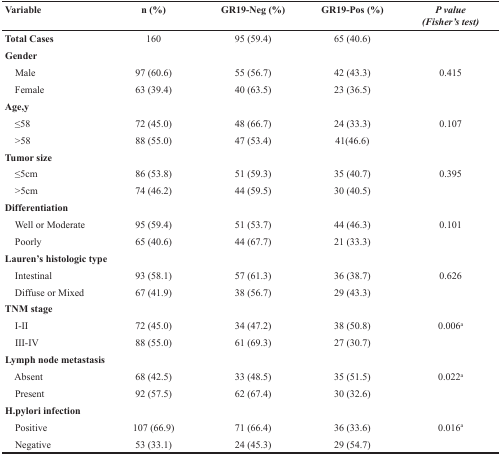
<table><thead><tr><td><b>Variable</b></td><td><b>n (%)</b></td><td><b>GR19-Neg (%)</b></td><td><b>GR19-Pos (%)</b></td><td><b><i>P value (Fisher&#x27;s test)</i></b></td></tr></thead><tbody><tr><td><b>Total Cases</b></td><td>160</td><td>95 (59.4)</td><td>65 (40.6)</td><td></td></tr><tr><td colspan="5"><b>Gender</b></td></tr><tr><td> Male</td><td>97 (60.6)</td><td>55 (56.7)</td><td>42 (43.3)</td><td>0.415</td></tr><tr><td> Female</td><td>63 (39.4)</td><td>40 (63.5)</td><td>23 (36.5)</td><td></td></tr><tr><td colspan="5"><b>Age,y</b></td></tr><tr><td> ≤58</td><td>72 (45.0)</td><td>48 (66.7)</td><td>24 (33.3)</td><td>0.107</td></tr><tr><td> &gt;58</td><td>88 (55.0)</td><td>47 (53.4)</td><td>41(46.6)</td><td></td></tr><tr><td colspan="5"><b>Tumor size</b></td></tr><tr><td> ≤5cm</td><td>86 (53.8)</td><td>51 (59.3)</td><td>35 (40.7)</td><td>0.395</td></tr><tr><td> &gt;5cm</td><td>74 (46.2)</td><td>44 (59.5)</td><td>30 (40.5)</td><td></td></tr><tr><td colspan="5"><b>Differentiation</b></td></tr><tr><td> Well or Moderate</td><td>95 (59.4)</td><td>51 (53.7)</td><td>44 (46.3)</td><td>0.101</td></tr><tr><td> Poorly</td><td>65 (40.6)</td><td>44 (67.7)</td><td>21 (33.3)</td><td></td></tr><tr><td colspan="5"><b>Lauren&#x27;s histologic type</b></td></tr><tr><td> Intestinal</td><td>93 (58.1)</td><td>57 (61.3)</td><td>36 (38.7)</td><td>0.626</td></tr><tr><td> Diffuse or Mixed</td><td>67 (41.9)</td><td>38 (56.7)</td><td>29 (43.3)</td><td></td></tr><tr><td colspan="5"><b>TNM stage</b></td></tr><tr><td> I-II</td><td>72 (45.0)</td><td>34 (47.2)</td><td>38 (50.8)</td><td>0.006<sup>a</sup></td></tr><tr><td> III-IV</td><td>88 (55.0)</td><td>61 (69.3)</td><td>27 (30.7)</td><td></td></tr><tr><td colspan="5"><b>Lymph node metastasis</b></td></tr><tr><td> Absent</td><td>68 (42.5)</td><td>33 (48.5)</td><td>35 (51.5)</td><td>0.022<sup>a</sup></td></tr><tr><td> Present</td><td>92 (57.5)</td><td>62 (67.4)</td><td>30 (32.6)</td><td></td></tr><tr><td colspan="5"><b>H.pylori infection</b></td></tr><tr><td> Positive</td><td>107 (66.9)</td><td>71 (66.4)</td><td>36 (33.6)</td><td>0.016<sup>a</sup></td></tr><tr><td> Negative</td><td>53 (33.1)</td><td>24 (45.3)</td><td>29 (54.7)</td><td></td></tr></tbody></table>